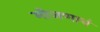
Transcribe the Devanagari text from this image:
मोजणाचं